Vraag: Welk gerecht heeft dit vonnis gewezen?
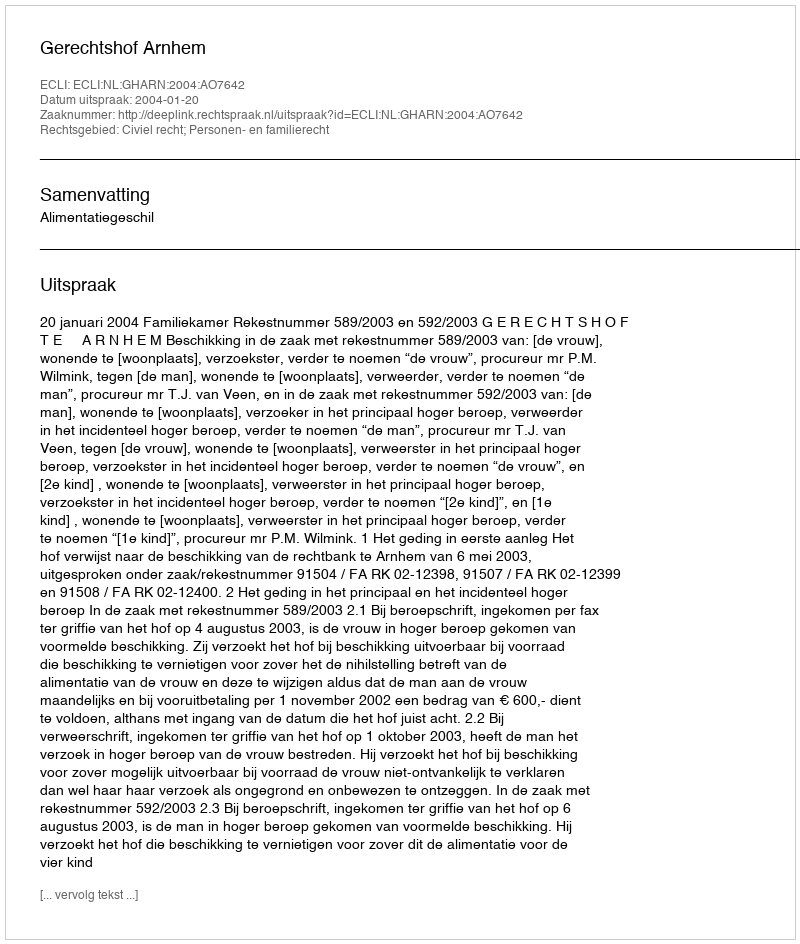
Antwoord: Gerechtshof Arnhem